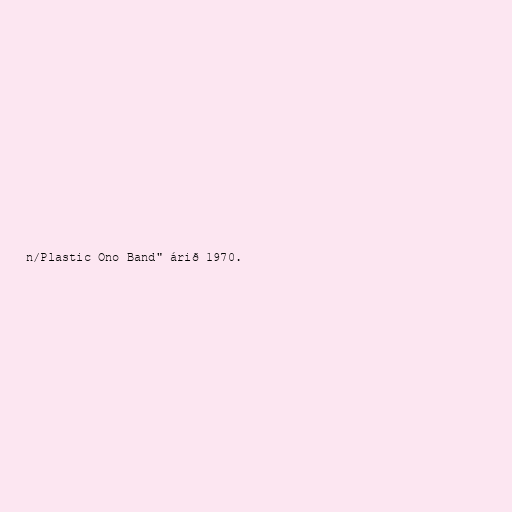
n/Plastic Ono Band" árið 1970.